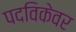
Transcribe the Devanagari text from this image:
पदविकेवर